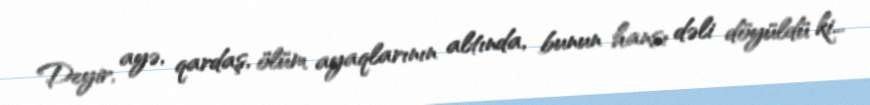
Deyir, ayə, qardaş, ölüm ayaqlarının altında, bunun hansı dəli döyüldü ki...